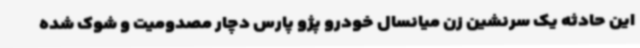
این حادثه یک سرنشین زن میانسال خودرو پژو پارس دچار مصدومیت و شوک شده